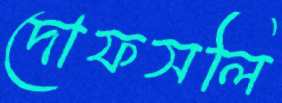
দোফসলি